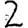
Digit: 2